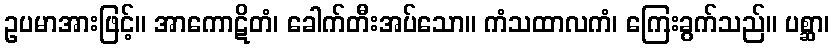
ဥပမာအားဖြင့်။ အာကောဋိတံ၊ ခေါက်တီးအပ်သော။ ကံသထာလကံ၊ ကြေးခွက်သည်။ ပစ္ဆာ၊